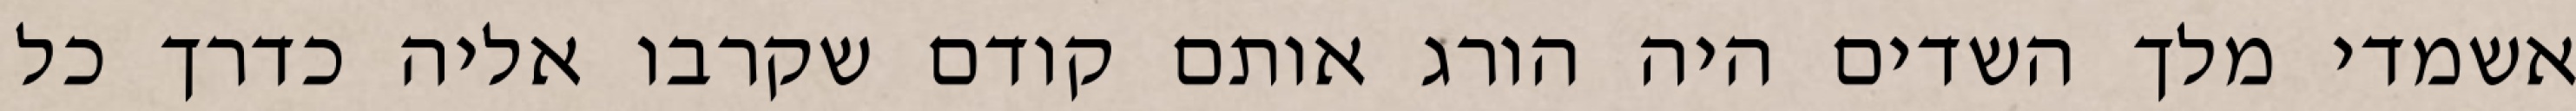
אשמדי‏ מלך השדים היה הורג אותם קודם שקרבו אליה כדרך כל